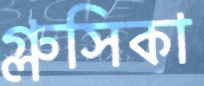
গ্লুসিকা